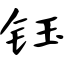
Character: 钰